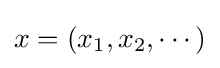
x=(x_{1},x_{2},\cdots )